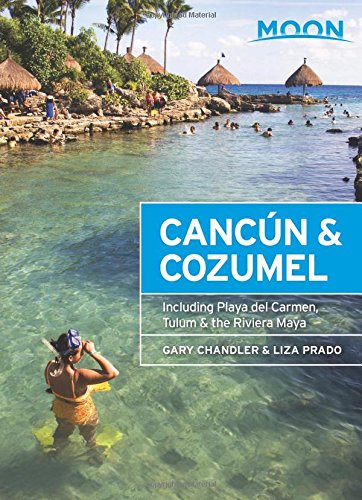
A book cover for Moon CancÃºn & Cozumel: Including Playa del Carmen, Tulum & the Riviera Maya (Moon Handbooks); Gary Chandler; Travel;